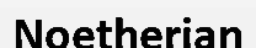
Noetherian